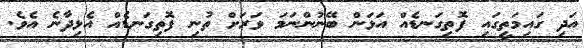
އަދި ގައިމަތީގައި ފޮތިގަނޑެއް އަޅަން ބޭނުންނަމަ ވަރަށް ތުނި ފޮތިގަނޑެއް އެޅިދާނެ އެވެ.